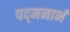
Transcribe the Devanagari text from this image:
पद्‌मनाभं